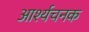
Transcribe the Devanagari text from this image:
आर्श्यचनक